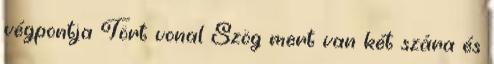
végpontja Tört vonal Szög mert van két szára és